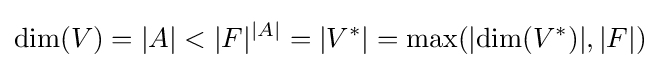
\mathrm {dim} (V)=|A|<|F|^{|A|}=|V^{\ast }|=\mathrm {max} (|\mathrm {dim} (V^{\ast })|,|F|)